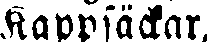
Kappsäckar,